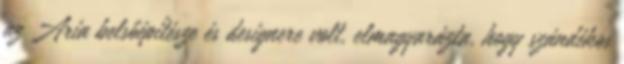
az Aria belsőépítésze és designere volt, elmagyarázta, hogy szándékos